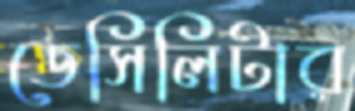
ডেসিলিটার